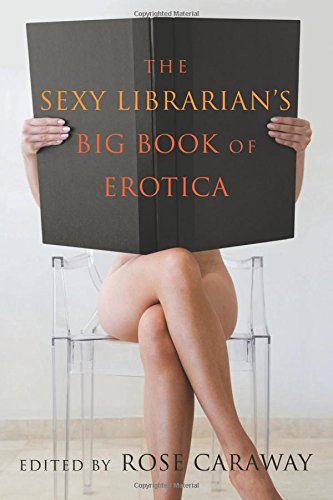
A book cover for The Sexy Librarian's Big Book of Erotica; Romance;